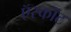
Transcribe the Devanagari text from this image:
ऍस्कॉट